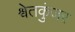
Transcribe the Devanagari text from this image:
श्वेतकुंजर